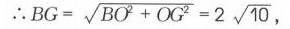
\(\therefore BG=\sqrt{BO^{2}+OG^{2}} = 2\sqrt{10}\)，